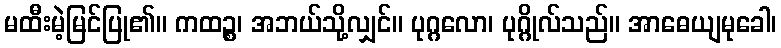
မထီးမဲ့မြင်ပြု၏။ ကထဉ္စ၊ အဘယ်သို့လျှင်။ ပုဂ္ဂလော၊ ပုဂ္ဂိုလ်သည်။ အာဓေယျမုခေါ၊